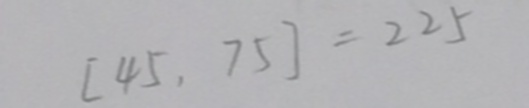
[ 4 5 , 7 5 ] = 2 2 5